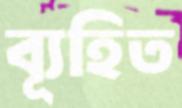
ব্যূহিত